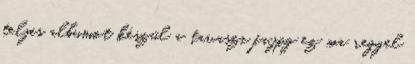
teljes albumot készül a tavaszi fa.jpg ez ma reggel